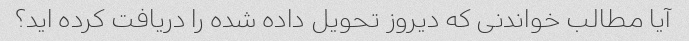
آیا مطالب خواندنی که دیروز تحویل داده شده را دریافت کرده اید؟